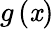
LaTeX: g\left(\mathit{x}\right)